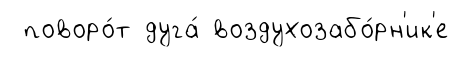
поворо́т дуга́ воздухозабо́рн'ик'е